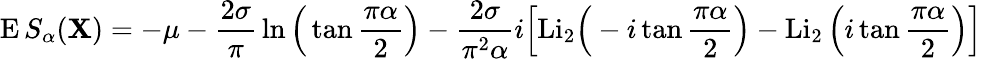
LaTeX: \operatorname{E}S_{\alpha}(\mathbf{X})=-\mu-{\frac{{2\sigma}}{{\pi}}}\ln{\Big(}\tan{\frac{{\pi\alpha}}{{2}}}{\Big)}-{\frac{{2\sigma}}{{\pi^{2}\alpha}}}i{\Big[}{\mathrm{{Li}}}_{2}{\Big(}-i\tan{\frac{{\pi\alpha}}{{2}}}{\Big)}-\operatorname{Li}_{2}{\Big(}i\tan{\frac{{\pi\alpha}}{{2}}}{\Big)}{\Big]}